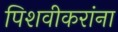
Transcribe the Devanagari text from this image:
पिशवीकरांना